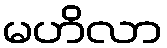
မဟိလာ